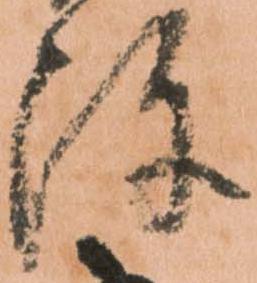
陣